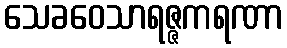
သေခဝေသာရဇ္ဇကရဏာ